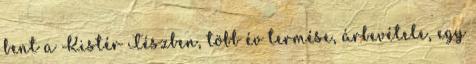
bent a Kistér Tészben, több év termése, árbevétele, egy